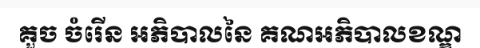
គួច ចំរើន អភិបាលនៃ គណអភិបាលខណ្ឌ